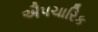
ઐપચારિક